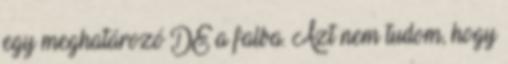
egy meghatározó DE a falba. Azt nem tudom, hogy